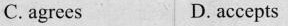
C.agrees D. accepts